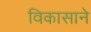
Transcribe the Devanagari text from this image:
विकासाने